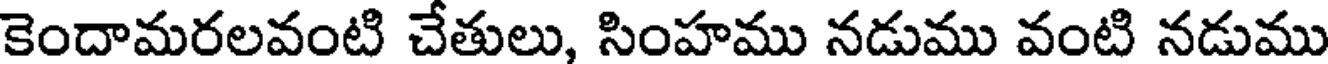
కెందామరలవంటి చేతులు, సింహము నడుము వంటి నడుము